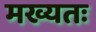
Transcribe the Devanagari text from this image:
मख्यतः